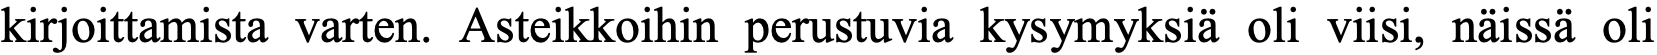
kirjoittamista varten. Asteikkoihin perustuvia kysymyksiä oli viisi, näissä oli